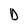
Character: D